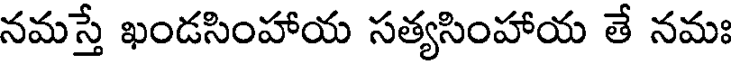
నమస్తే ఖండసింహాయ సత్యసింహాయ తే నమః